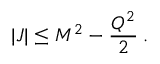
| J | \leq M ^ { 2 } - \frac { Q ^ { 2 } } { 2 } \: .